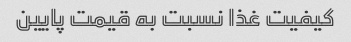
کیفیت غذا نسبت به قیمت پایین